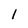
Character: l